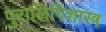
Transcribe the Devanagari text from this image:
पुरालिपिशास्त्र